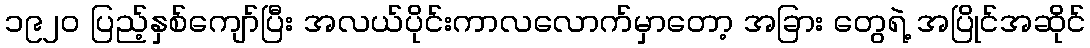
၁၉၂၀ ပြည့်နှစ်ကျော်ပြီး အလယ်ပိုင်းကာလလောက်မှာတော့ အခြား တွေရဲ့ အပြိုင်အဆိုင်